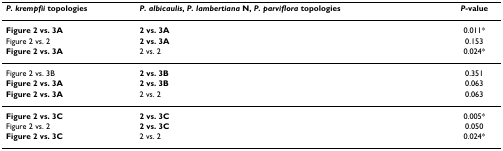
| P. krempfii topologies | P. albicaulis, P. lambertiana N, P. parviflora topologies | P-value |
 | --- | --- | --- |
 | Figure 2 vs. 3A | 2 vs. 3A | 0.011* |
 | Figure 2 vs. 2 | 2 vs. 3A | 0.153 |
 | Figure 2 vs. 3A | 2 vs. 2 | 0.024* |
 | Figure 2 vs. 3B | 2 vs. 3B | 0.351 |
 | Figure 2 vs. 3A | 2 vs. 3B | 0.063 |
 | Figure 2 vs. 3A | 2 vs. 2 | 0.063 |
 | Figure 2 vs. 3C | 2 vs. 3C | 0.005* |
 | Figure 2 vs. 2 | 2 vs. 3C | 0.050 |
 | Figure 2 vs. 3C | 2 vs. 2 | 0.024* |